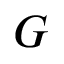
G